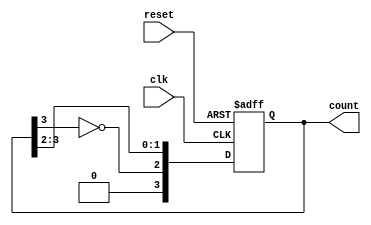
module JohnsonCounter #(parameter N = 4) (
    input wire clk,           // Clock signal
    input wire reset,         // Asynchronous reset signal
    output reg [N-1:0] count  // Counter output
);

// Asynchronous Reset and Synchronous Logic
always @(posedge clk or posedge reset) begin
    if (reset) begin
        count <= 0;         // Reset the counter to 0
    end else begin
        count <= {~count[N-1], count[N-1:N-2]}; // Shift and feed back inverted last flip-flop
    end
end

endmodule